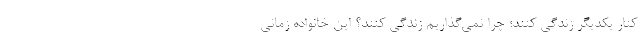
کنار یکدیگر زندگی کنند؛ چرا نمی‌گذاریم زندگی کنند؟ این خانواده زمانی